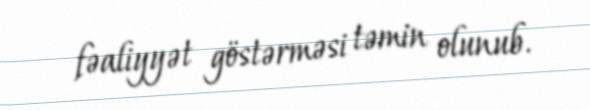
fəaliyyət göstərməsi təmin olunub.